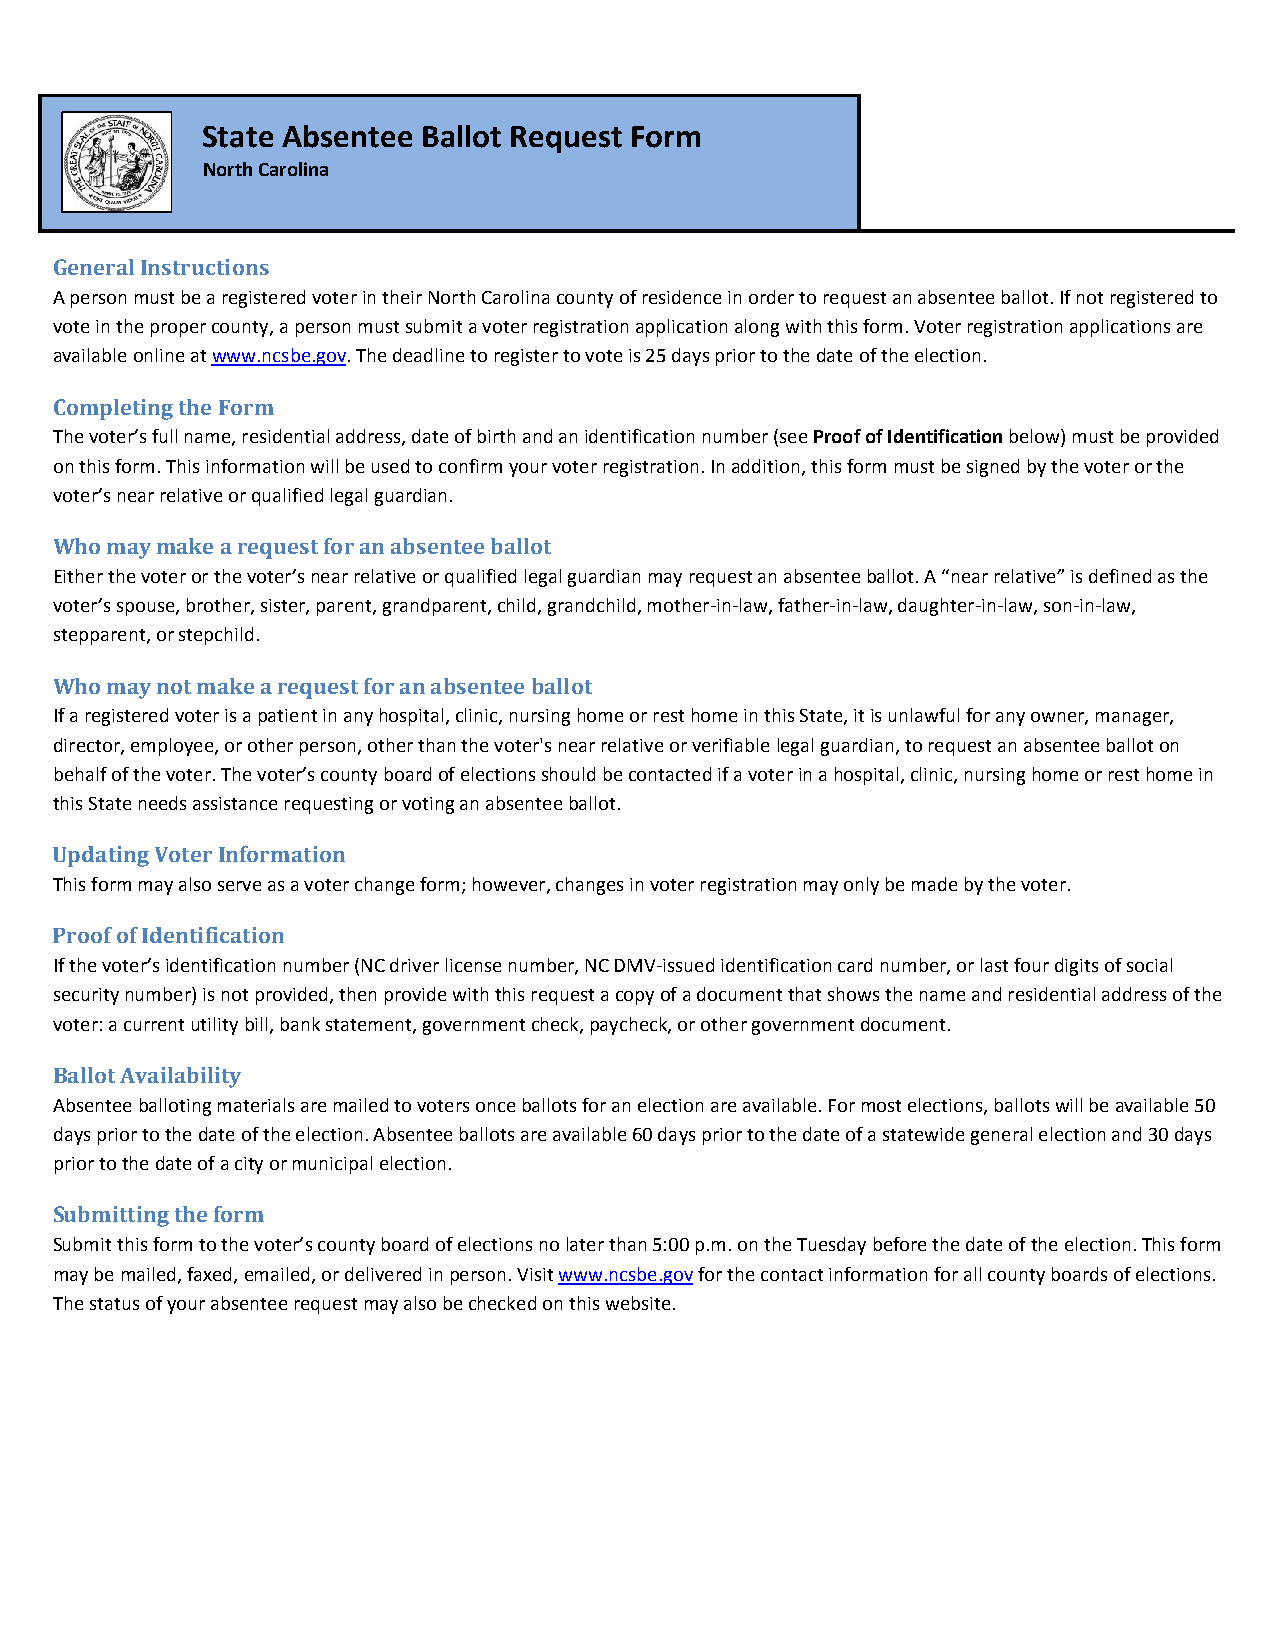
NC STATE BOARD OF ELECTIONS
 State Absentee Ballot Request Form
 P. O. BOX 27255
 RALEIGH, NC 27611‐7255
 North Carolina
 PHONE: 1‐866‐522‐4723 FAX: 919‐715‐0135
 elections.sboe@ncsbe.gov
 General Instructions
 A person must be a registered voter in their North Carolina county of residence in order to request an absentee ballot. If not registered to
 vote in the proper county, a person must submit a voter registration application along with this form. Voter registration applications are
 available online at www.ncsbe.gov. The deadline to register to vote is 25 days prior to the date of the election.
 Completing the Form
 The voter’s full name, residential address, date of birth and an identification number (see Proof of Identification below) must be provided
 on this form. This information will be used to confirm your voter registration. In addition, this form must be signed by the voter or the
 voter’s near relative or qualified legal guardian.
 Who may make a request for an absentee ballot
 Either the voter or the voter’s near relative or qualified legal guardian may request an absentee ballot. A “near relative” is defined as the
 voter’s spouse, brother, sister, parent, grandparent, child, grandchild, mother‐in‐law, father‐in‐law, daughter‐in‐law, son‐in‐law,
 stepparent, or stepchild.
 Who may not make a request for an absentee ballot
 If a registered voter is a patient in any hospital, clinic, nursing home or rest home in this State, it is unlawful for any owner, manager,
 director, employee, or other person, other than the voter's near relative or verifiable legal guardian, to request an absentee ballot on
 behalf of the voter. The voter’s county board of elections should be contacted if a voter in a hospital, clinic, nursing home or rest home in
 this State needs assistance requesting or voting an absentee ballot.
 Updating Voter Information
 This form may also serve as a voter change form; however, changes in voter registration may only be made by the voter.
 Proof of Identification
 If the voter’s identification number (NC driver license number, NC DMV‐issued identification card number, or last four digits of social
 security number) is not provided, then provide with this request a copy of a document that shows the name and residential address of the
 voter: a current utility bill, bank statement, government check, paycheck, or other government document.
 Ballot Availability
 Absentee balloting materials are mailed to voters once ballots for an election are available. For most elections, ballots will be available 50
 days prior to the date of the election. Absentee ballots are available 60 days prior to the date of a statewide general election and 30 days
 prior to the date of a city or municipal election.
 Submitting the form
 Submit this form to the voter’s county board of elections no later than 5:00 p.m. on the Tuesday before the date of the election. This form
 may be mailed, faxed, emailed, or delivered in person. Visit www.ncsbe.gov for the contact information for all county boards of elections.
 The status of your absentee request may also be checked on this website.